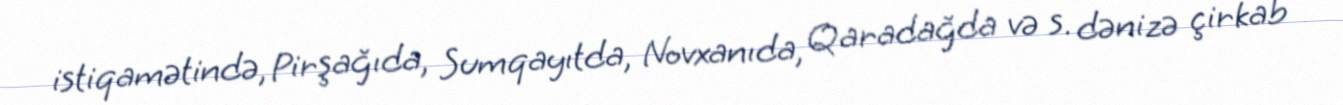
istiqamətində, Pirşağıda, Sumqayıtda, Novxanıda, Qaradağda və s. dənizə çirkab